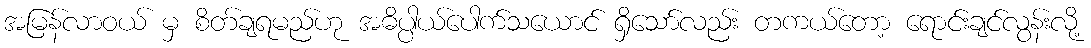
အမြန်လာဝယ် မှ စိတ်ချရမည်ဟု အဓိပ္ပါယ်ပေါက်သယောင် ရှိသော်လည်း တကယ်တော့ ရောင်းချင်လွန်းလို့